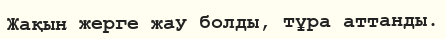
Жақын жерге жау болды, тұра аттанды.